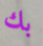
بك